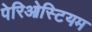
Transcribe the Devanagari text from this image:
पेरिओस्टियम